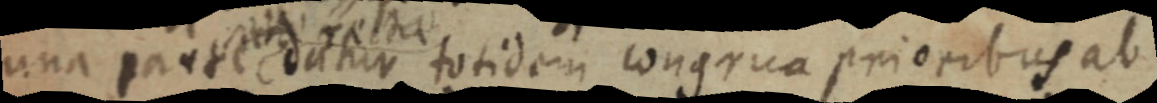
una parte datur totidem congrua prioribus ab